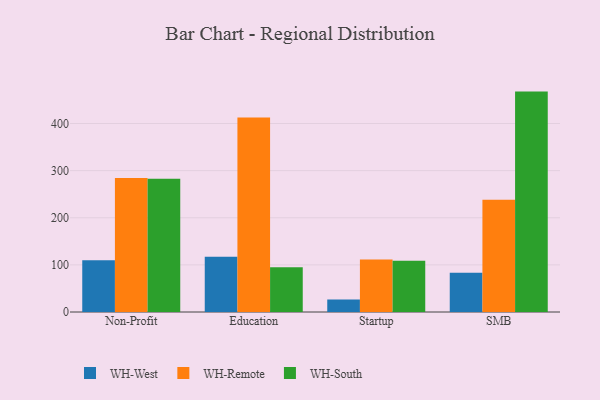
{"axis": {"x": "Segment", "y": "Operating Costs (USD K)"}, "legend": ["WH-Remote", "WH-South", "WH-West"], "data": [{"x": "Non-Profit", "y": 110.0, "type": "WH-West"}, {"x": "Non-Profit", "y": 284.5, "type": "WH-Remote"}, {"x": "Non-Profit", "y": 282.6, "type": "WH-South"}, {"x": "Education", "y": 117.5, "type": "WH-West"}, {"x": "Education", "y": 412.5, "type": "WH-Remote"}, {"x": "Education", "y": 95.2, "type": "WH-South"}, {"x": "Startup", "y": 26.6, "type": "WH-West"}, {"x": "Startup", "y": 111.3, "type": "WH-Remote"}, {"x": "Startup", "y": 108.7, "type": "WH-South"}, {"x": "SMB", "y": 83.3, "type": "WH-West"}, {"x": "SMB", "y": 238.0, "type": "WH-Remote"}, {"x": "SMB", "y": 467.7, "type": "WH-South"}]}